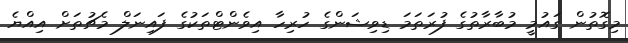
މިގޮތުން ގައުމީ މުބާރާތުގެ ފުރަތަމަ ޑިވިޝަންގެ ހުރިހާ އިވެންޓްތަކުގެ ފައިނަލް މެޗުތަށް އިއްޔެ